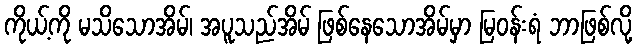
ကိုယ့်ကို မသိသောအိမ်၊ အပူသည်အိမ် ဖြစ်နေသောအိမ်မှာ မြဝန်းရံ ဘာဖြစ်လို့